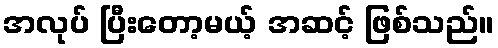
အလုပ် ပြီးတော့မယ့် အဆင့် ဖြစ်သည်။